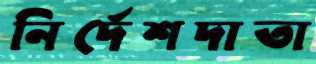
নির্দেশদাতা